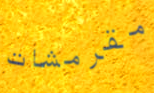
مقرمشات